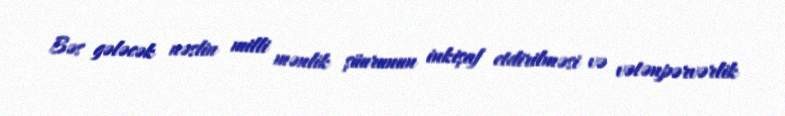
Bəs gələcək nəslin milli mənlik şüurunun inkişaf etdirilməsi və vətənpərvərlik